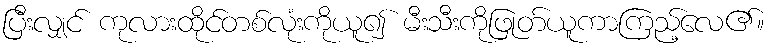
ပြီးလျှင် ကုလားထိုင်တစ်လုံးကိုယူ၍ မီးသီးကိုဖြုတ်ယူကာကြည့်လေ၏။